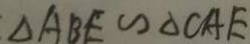
\Delta A B E \sim \Delta C A E